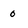
Character: 0